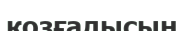
козғалысын